Annual statistical returns and brief notes on vaccination in Bengal - 1896-1909
Year: 1896
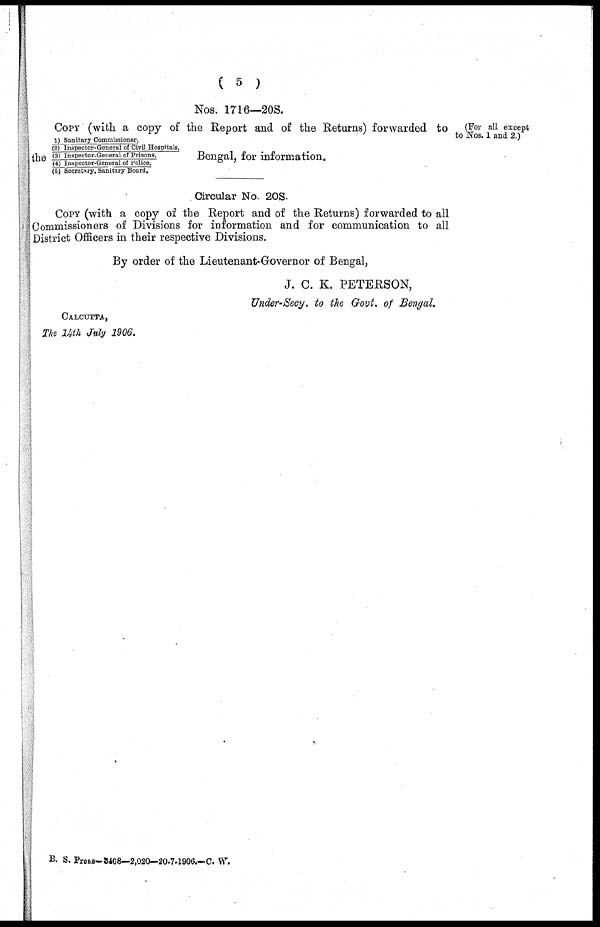
(5)
Nos. 1716—208.
(For all except
to Nos. 1 and 2.)
COPY (with a copy of the Report and of the Returns) for warded to
the
1) Sanitary Commissioner,
(2) Inspector-General of Civil Hospitals.
(3) Inspector-General of Prisons,
(4) Inspector-General of Police,
(6) Secretary, Sanitary Board.
Bengal, for information.
Circular No. 20S.
COPY (with a copy of the Report and of the Returns) forwarded to all
Commissioners of Divisions for information and for communication to all
District Officers in their respective Divisions.
By order of the Lieutenant-Governor of Bengal,
J. C. K. PETERSON,
Under-Secy. to the Govt. of Bengal.
CALCUTTA,
The 14th July 1906.
B. S. Press—3408—2,020—20-7-1906.— C. W.